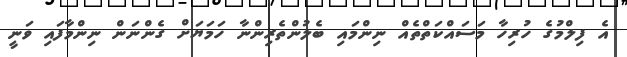
އެ ފިލްމުގެ ހުރިހާ މަސައްކަތްތެއް ނިންމައި ބެލުންތެރިންނާ ހަމަޔަށް ގެންނަން ނިންމާފައި ވަނީ